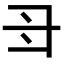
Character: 𠃠